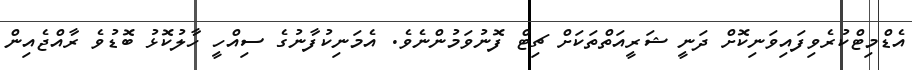
އެޑްމިޓްކުރެވިފައިވަނިކޮށް ދަނީ ޝަރީއަތްތަކަށް ޗިޓް ފޮނުވަމުންނެވެ. އެމަނިކުފާނުގެ ސިއްހީ ހާލުކޮޅު ބޮޑުވެ ރާއްޖެއިން